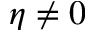
\eta \neq 0